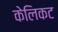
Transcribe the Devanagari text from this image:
केलिकट